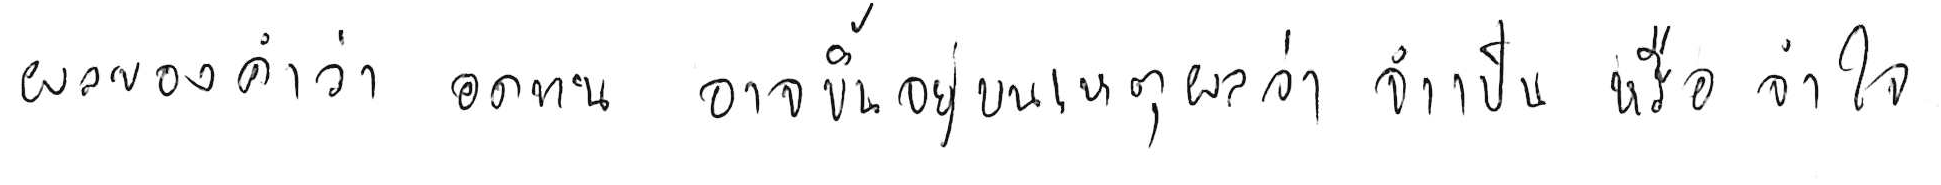
ผลของคำว่า อดทน อาจขึ้นอยู่บนเหตุผลว่า จำเป็น หรือ จำใจ